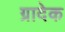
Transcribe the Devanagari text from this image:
ग्रादेक